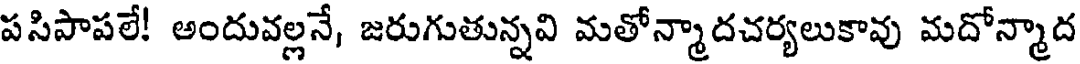
పసిపాపలే! అందువల్లనే, జరుగుతున్నవి మతోన్మాదచర్యలుకావు మదోన్మాద